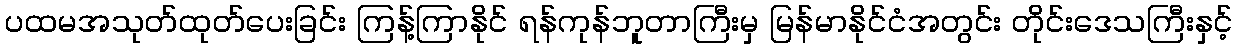
ပထမအသုတ်ထုတ်ပေးခြင်း ကြန့်ကြာနိုင် ရန်ကုန်ဘူတာကြီးမှ မြန်မာနိုင်ငံအတွင်း တိုင်းဒေသကြီးနှင့်